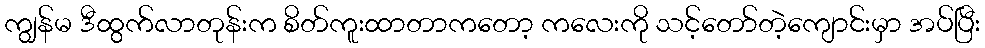
ကျွန်မ ဒီထွက်လာတုန်းက စိတ်ကူးထာတာကတော့ ကလေးကို သင့်တော်တဲ့ကျောင်းမှာ အပ်ပြီး